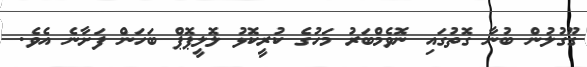
ގޫގުލުން ބުނާ ގޮތުގައި ނޮވެމްބަރު މަހުގެ ކުރީކޮޅު ލޮލީޕޮޕް ބަހަން ފަށާނެ އެވެ.